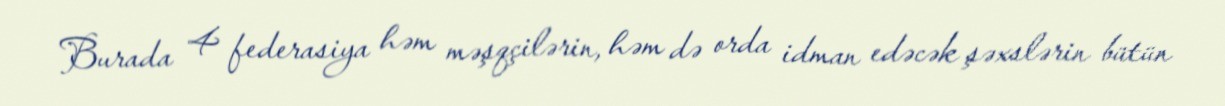
Burada 4 federasiya həm məşqçilərin, həm də orda idman edəcək şəxslərin bütün